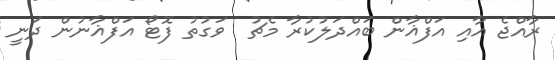
ރާއްޖެ އާއި އަފްޣާން ބައްދަލުކުރާ މެޗު  ވަގުތު ފޮޓޯ އަފްޣާނުން ދަނީ